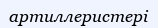
артиллеристері